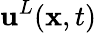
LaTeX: {\mathbf{u}}^{L}({\mathbf{x}},t)